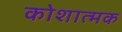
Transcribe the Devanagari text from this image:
कोशात्मक